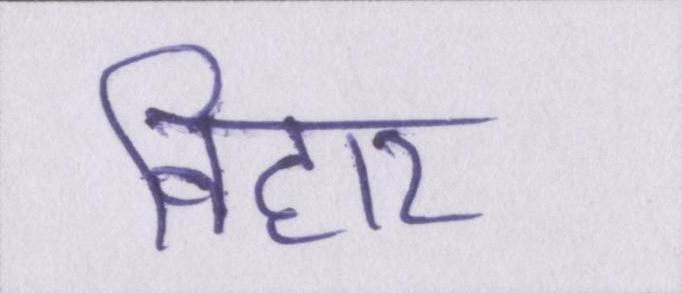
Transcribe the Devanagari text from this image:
विहार